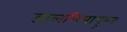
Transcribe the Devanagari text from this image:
डालमियापुरम